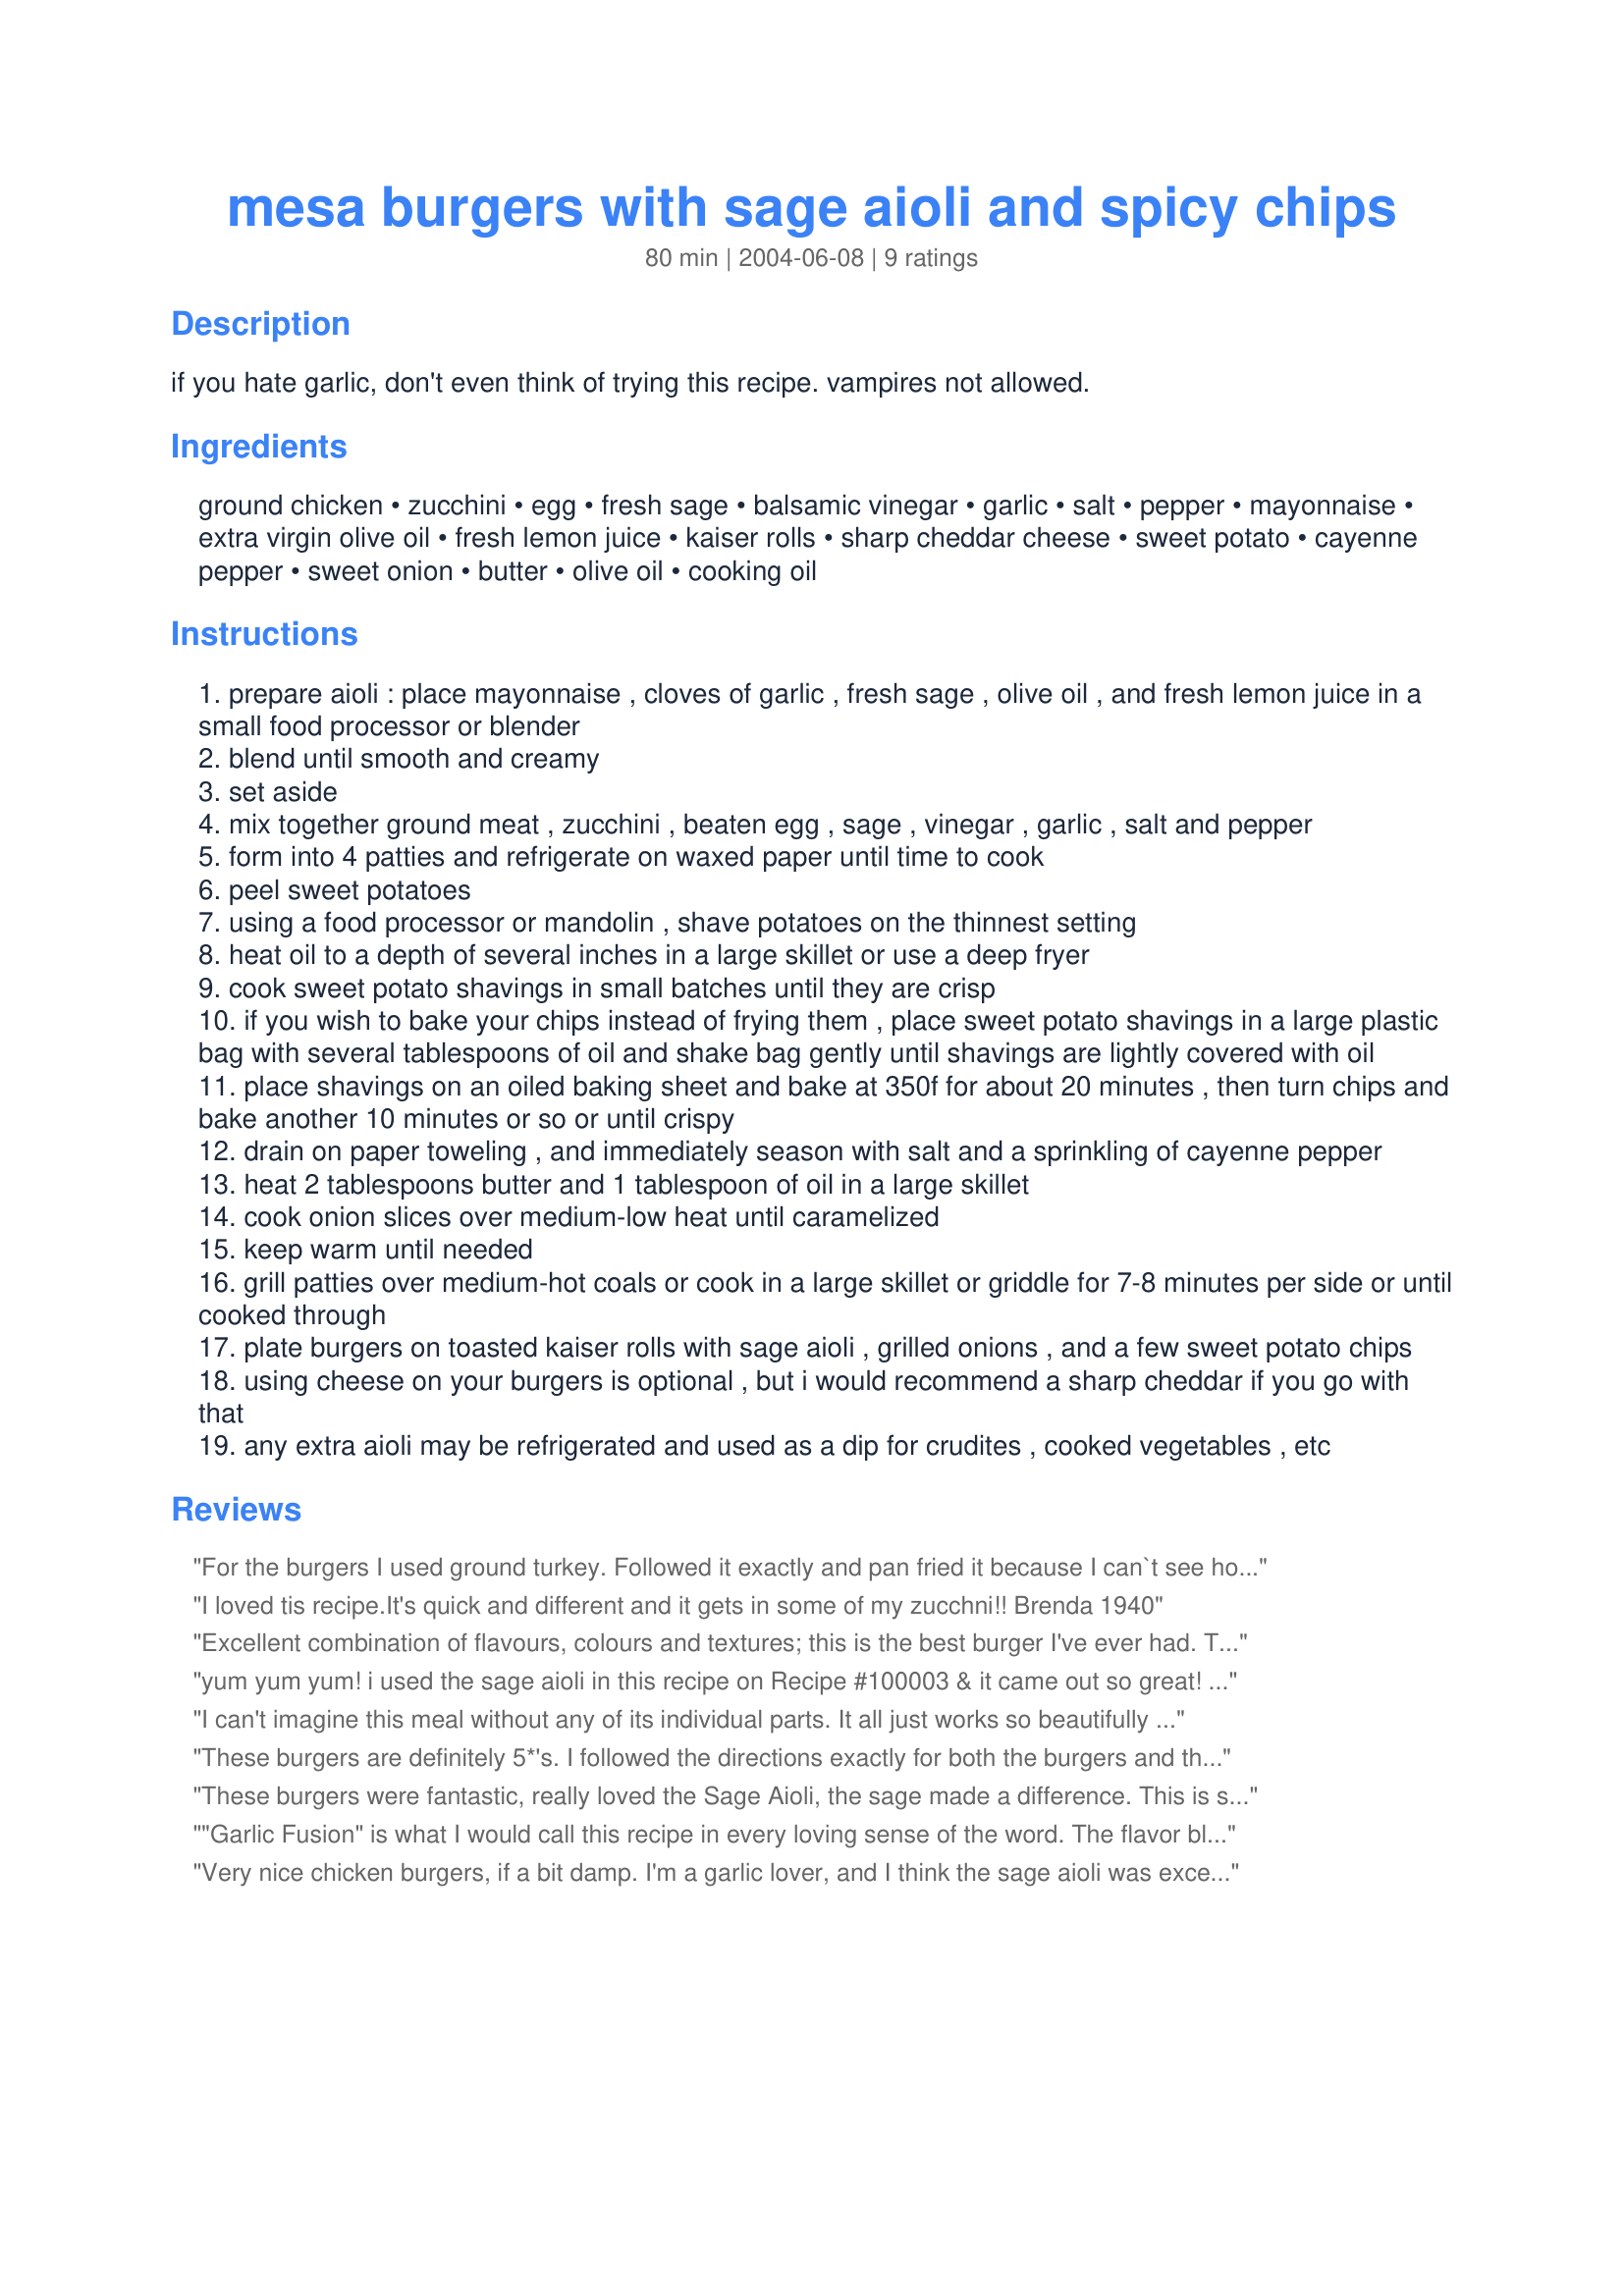
mesa burgers with sage aioli and spicy chips
Preparation time: 80 minutes

if you hate garlic, don't even think of trying this recipe. vampires not allowed.

Ingredients:
ground chicken, zucchini, egg, fresh sage, balsamic vinegar, garlic, salt, pepper, mayonnaise, extra virgin olive oil, fresh lemon juice, kaiser rolls, sharp cheddar cheese, sweet potato, cayenne pepper, sweet onion, butter, olive oil, cooking oil

Steps:
prepare aioli : place mayonnaise , cloves of garlic , fresh sage , olive oil , and fresh lemon juice in a small food processor or blender
blend until smooth and creamy
set aside
mix together ground meat , zucchini , beaten egg , sage , vinegar , garlic , salt and pepper
form into 4 patties and refrigerate on waxed paper until time to cook
peel sweet potatoes
using a food processor or mandolin , shave potatoes on the thinnest setting
heat oil to a depth of several inches in a large skillet or use a deep fryer
cook sweet potato shavings in small batches until they are crisp
if you wish to bake your chips instead of frying them , place sweet potato shavings in a large plastic bag with several tablespoons of oil and shake bag gently until shavings are lightly covered with oil
place shavings on an oiled baking sheet and bake at 350f for about 20 minutes , then turn chips and bake another 10 minutes or so or until crispy
drain on paper toweling , and immediately season with salt and a sprinkling of cayenne pepper
heat 2 tablespoons butter and 1 tablespoon of oil in a large skillet
cook onion slices over medium-low heat until caramelized
keep warm until needed
grill patties over medium-hot coals or cook in a large skillet or griddle for 7-8 minutes per side or until cooked through
plate burgers on toasted kaiser rolls with sage aioli , grilled onions , and a few sweet potato chips
using cheese on your burgers is optional , but i would recommend a sharp cheddar if you go with that
any extra aioli may be refrigerated and used as a dip for crudites , cooked vegetables , etc

Reviews:
For the burgers I used ground turkey. Followed it exactly and pan fried it because I can`t see how it would have grilled and stayed together.They very very soft before cooked. It pan fried very nicely and took about 3 minutes per side. I did top it with cheese. The Aioli was creamy good! I loved the garlic. Perfect amount. I fried 1 large onion in just 2 tablespoons butter didn`t need the oil. Served the burgers on onion rolls. But I end up taking the roll off and just eating the burger topped with cheese, onions and aioli. As for the chips I decided to bake them for 20 minutes then tried to flip them they were very soft so they were hard to flip.These do need to be baked till almost browned to be crisp. We did not eat the chips.I think these would be much better if deep fried. 
I had a hard time rating this being it is a RSC contest recipe and needing all 5 of the ingredients (sweet potatoes being 1 of them)to make a dish. But the Aioli made these burgers pretty good. You can`t go wrong with all that garlic!
I loved tis recipe.It's quick and different and it gets in some of my zucchni!! Brenda 1940
Excellent combination of flavours, colours and textures; this is the best burger I've ever had. The sweet potato chips are just delicious, and their sweetness goes wonderfully with the sage and garlic of the aioli. I will make this often.
yum yum yum! i used the sage aioli in this recipe on Recipe #100003 & it came out so great! i saved this recipe a long time ago thinking "one of these days i have to try this" & its funny that taking your advice regarding Recipe #100003 is what led me to finally use your recipe without realizing it. lol
I can't imagine this meal without any of its individual parts. It all just works so beautifully and deliciously together. I adored the aioli even though I used very lowfat mayo. I made the burgers up hours in advance. That allowed the zucchini to lose it's moisture so if you also make them up ahead, be sure to place the raw burgers on a tray that will collect the draining juices. I had no trouble then broiling the burgers. I could easily become addicted to the baked version of the sweet potato chips. The added cayenne puts them over the top. I coated them with just 2tsp of oil and they crisped up just fine. This is definitely a winner recipe, Sue L. Congratulations!
These burgers are definitely 5*'s. I followed the directions exactly for both the burgers and the wonderful sage aioli, unfortunately omitting the sweet potato chips.
The burger mix, using ground turkey, came together so easily and formed nice, tender patties. I did have a problem mixing the aioli. There wasn't enough of the mixture at the bottom of my blender for it to puree or blend the aioli. After several tries, I gave up and hauled out my stick blender. That worked fine and was able to chop up the sage and the garlic just fine. When serving the burgers I transgressed and added several components not suggested by Sue L...sliced avocados, sliced tomatoes and one or two pieces of crisply cooked bacon. It was a burger made in heaven...thanks SueL.
These burgers were fantastic, really loved the Sage Aioli, the sage made a difference. This is something I will do quite often. The zucchini keeps the burger nice and moist, but not too wet.
"Garlic Fusion" is what I would call this recipe in every loving sense of the word. The flavor blew me away! I made both the sage Aioli and the patties in the morning and put them in the fridge for the day. The patties were quite soft but still were managable in the skillet and firmed up during cooking.. I did not have fresh sage so used dry The Sweet potato chips were baked on a pizza stone. They did not get crisp but had a nice texture and complimented the burger. I sprinkled the cayenne on them when I flipped them half way through baking.Great having carmelized onions -I'll double the amount next time. When everything was put together the flavors complimented each other perfectly - hence Garlic Fusion! Oh - I added mushrooms to the pan. Thanks whoever you are for a winning burger.
Very nice chicken burgers, if a bit damp. I'm a garlic lover, and I think the sage aioli was excellent! I cooked the burgers inside in a nonstick frying pan and they handled fairly well. I had the sweet potato sliced really thinly (I have one of the gadgets that do potato chips and used it) and found 20 minutes in the oven was too long to wait before flipping. The sweet potato chips went really well with the sage aioli. Vampires definitely should beware. Good luck in the contest!
